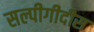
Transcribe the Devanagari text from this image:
सल्पीगीदीस